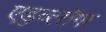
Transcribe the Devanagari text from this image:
एडुव्लॉगर